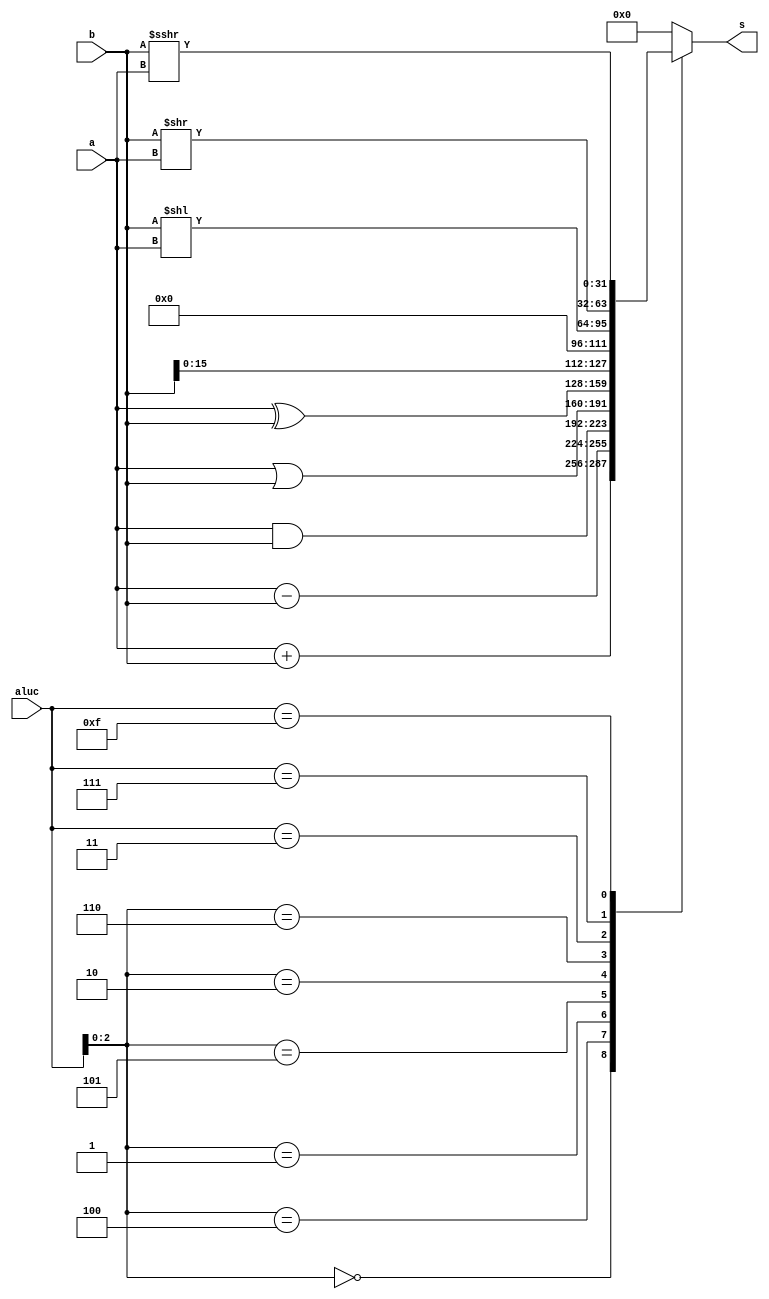
module alu (a,b,aluc,s);
   input [31:0] a,b;
   input [3:0] aluc;
   output [31:0] s;
   
   reg [31:0] s;
   reg        z;
   always @ (a or b or aluc) 
      begin                                   // event
         casex (aluc)
             4'bx000: s = a + b;              //x000 ADD
             4'bx100: s = a - b;              //x100 SUB
				 4'bx001: s = a & b;					 //x001 AND
             4'bx101: s = a | b;              //x101 OR
             4'bx010: s = a ^ b;              //x010 XOR
             4'bx110: s = b<<16;              //x110 LUI: imm << 16bit             
             4'b0011: s = b<<a;               //0011 SLL: rd <- (rt << sa)
             4'b0111: s = b>>a;               //0111 SRL: rd <- (rt >> sa) (logical)
             4'b1111: s = $signed(b) >>> a;   //1111 SRA: rd <- (rt >> sa) (arithmetic)
             default: s = 0;
         endcase
               
      end      
endmodule